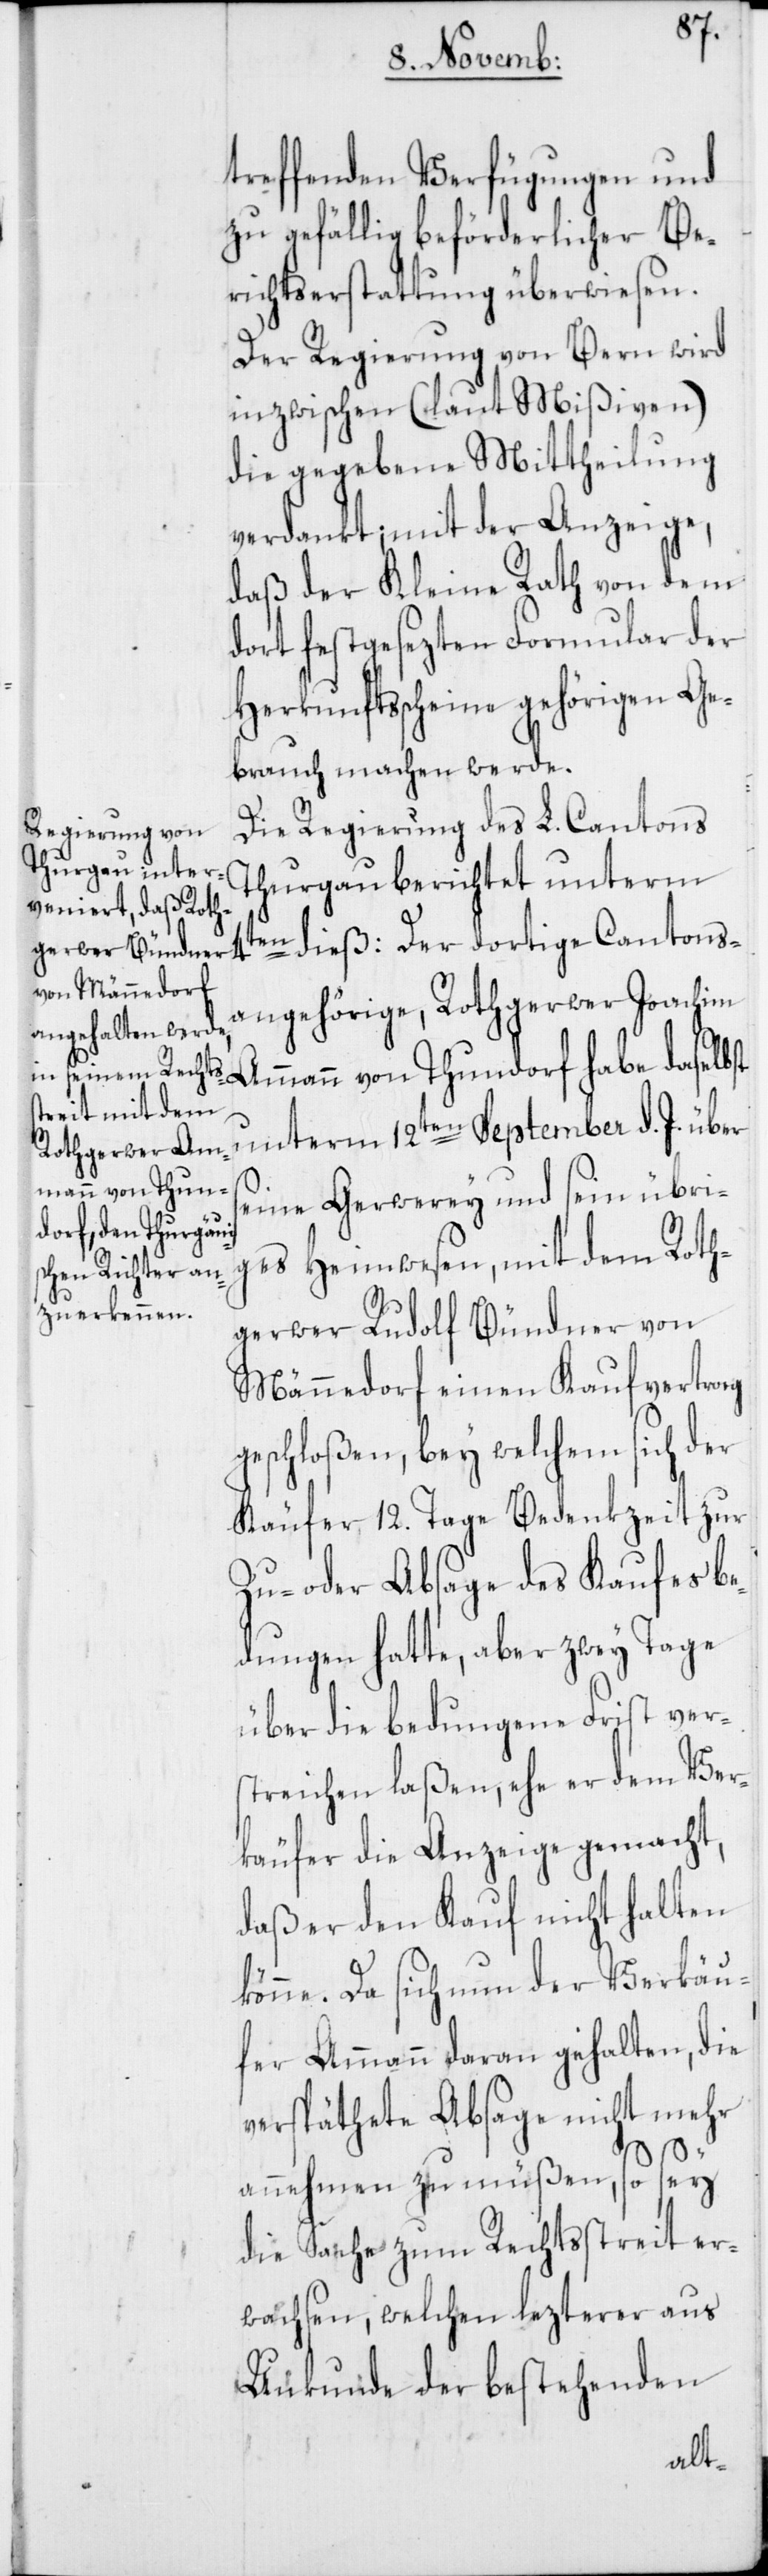
4t¬
treffenden Verfügungen und
zu gefällig beförderlicher Be¬
richtserstattung überwiesen.
Der Regierung von Bern wird
inzwischen (laut Mißiven)
die gegebene Mittheilung
verdankt; mit der Anzeige,
daß der Kleine Rath von dem
dort festgesezten Formular der
Herkunftsscheine gehörigen Ge¬
brauch machen werde.
Die Regierung des L. Cantons
Thurgau berichtet unterm
en dieß: Der dortige Cantons¬
angehörige, Rothgerwer Joachim
Ammann von Thundorf habe daselbst
unterm 12ten September d. J. über
seine Gerwerey und sein übri¬
ges Heimwesen, mit dem Roth¬
gerwer Rudolf Bündner von
Männedorf einen Kaufvertrag
geschloßen, bey welchem sich der
Käufer 12. Tage Bedenkzeit zur
Zu- oder Absage des Kaufes be¬
dungen hatte, aber zwey Tage
über die bedungene Frist vers¬
treichen laßen, ehe er dem Ver¬
käufer die Anzeige gemacht,
daß er den Kauf nicht halten
könne. Da sich nun der Verkäu¬
fer Ammann daran gehalten, die
verspäthete Absage nicht mehr
annehmen zu müßen, so sey
die Sache zum Rechtsstreit er¬
wachsen, welchen lezterer aus
Urkunde der bestehenden